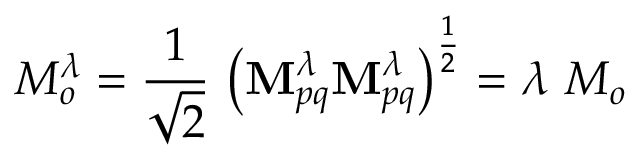
M _ { o } ^ { \lambda } = \frac { 1 } { \sqrt { 2 } } ~ \big ( \mathbf { M } _ { p q } ^ { \lambda } \mathbf { M } _ { p q } ^ { \lambda } \big ) ^ { \frac { 1 } { 2 } } = \lambda ~ M _ { o }